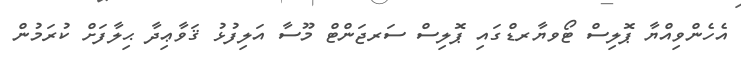
އެހެންވިއްޔާ ޕޮލިސް ޓޯވޔާރޑްގައި ޕޮލިސް ސަރޖަންޓް މޫސާ އަލިފުޅު ޤަވާޢިދާ ޙިލާފަށް ކުރަމުން